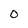
Character: O